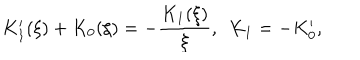
K _ { 1 } ^ { \prime } ( \xi ) + K _ { 0 } ( \xi ) = - \frac { K _ { 1 } ( \xi ) } { \xi } , \ \ K _ { 1 } = - K _ { 0 } ^ { \prime } ,